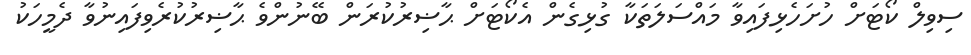
ސިވިލް ކޯޓަށް ހުށަހެޅިފައިވާ މައްސަލަތަކާ ގުޅިގެން އެކޯޓަށް ޙާޟިރުކުރަން ބޭނުންވެ ޙާޟިރުކުރެވިފައިނުވާ ދެމީހަކު